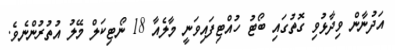
އަދުނާން ވިދާޅުވި ގޮތުގައި ބޯޓު ހުއްޓިފައިވަނީ މާލެއާ 18 ނޯޓިކަލް މޭލު އުތުރުންނެވެ.